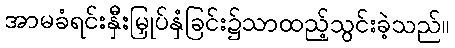
အာမခံရင်းနှီးမြှုပ်နှံခြင်း၌သာထည့်သွင်းခဲ့သည်။